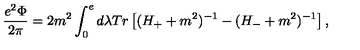
\displaystyle \frac { e ^ { 2 } \Phi } { 2 \pi } = 2 m ^ { 2 } \displaystyle \int _ { 0 } ^ { e } d \lambda T r \left[ ( H _ { + } + m ^ { 2 } ) ^ { - 1 } - ( H _ { - } + m ^ { 2 } ) ^ { - 1 } \right] ,